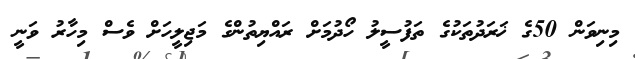
މިނިވަން 50ގެ ޚަރަދުތަކުގެ ތަފުސީލު ހޯދުމަށް ރައްޔިތުންގެ މަަޖިލީހަށް ވެސް މިހާރު ވަނީ